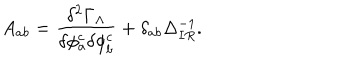
A _ { a b } = \frac { \delta ^ { 2 } \Gamma _ { \Lambda } } { \delta \phi _ { a } ^ { c } \delta \phi _ { b } ^ { c } } + \delta _ { a b } \Delta _ { I R } ^ { - 1 } .